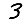
Digit: 3